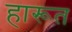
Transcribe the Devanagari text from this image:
हारूत